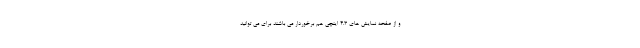
و از صفحه نمایش های 4.3 اینچی هم برخوردار می باشند برای می توانید